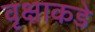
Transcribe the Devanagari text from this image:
वृक्षाकडे